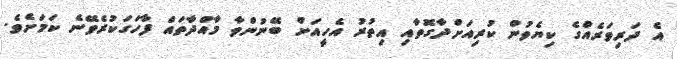
އެ ދަރިވަރެއްގެ ކިޔެވުން ކުރިއަށްދާގޮތާއި އިތުރު އެހީއަށް ބޭނުންވާ މާއްދާތައް ފާހަގަކުރެވޭނެ ކަމަށެވެ.